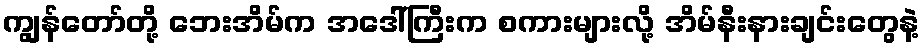
ကျွန်တော်တို့ ဘေးအိမ်က အဒေါ်ကြီးက စကားများလို့ အိမ်နီးနားချင်းတွေနဲ့